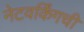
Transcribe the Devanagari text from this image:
नेटवर्किंगची